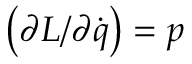
{ \bigl ( } \partial L / \partial { \dot { q } } { \bigr ) } = p